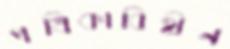
পত্রিকাবিহীন